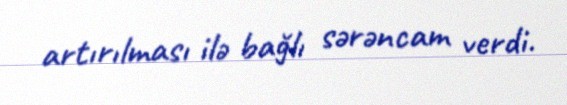
artırılması ilə bağlı sərəncam verdi.